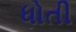
ધોતી